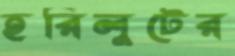
হরিলুটের